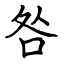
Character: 咎